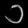
Digit: ၁